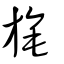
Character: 旄